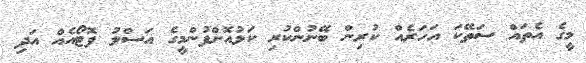
މީގެ އެތައް ސަތޭކަ އަހަރެއް ކުރިން ބޭނުންކުރި ކަޅުއޮށްފުންމީގެ އަސްލު ފޮޓޯއެއް އަދި